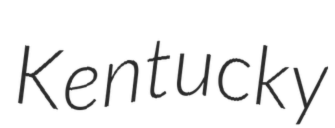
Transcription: Kentucky